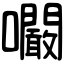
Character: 㘚